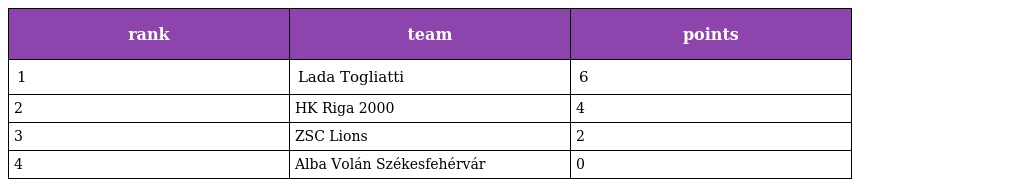
| rank | team | points |
 | --- | --- | --- |
 | 1 | Lada Togliatti | 6 |
 | 2 | HK Riga 2000 | 4 |
 | 3 | ZSC Lions | 2 |
 | 4 | Alba Volán Székesfehérvár | 0 |